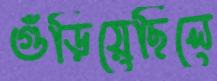
গুঁড়িয়েছিলে